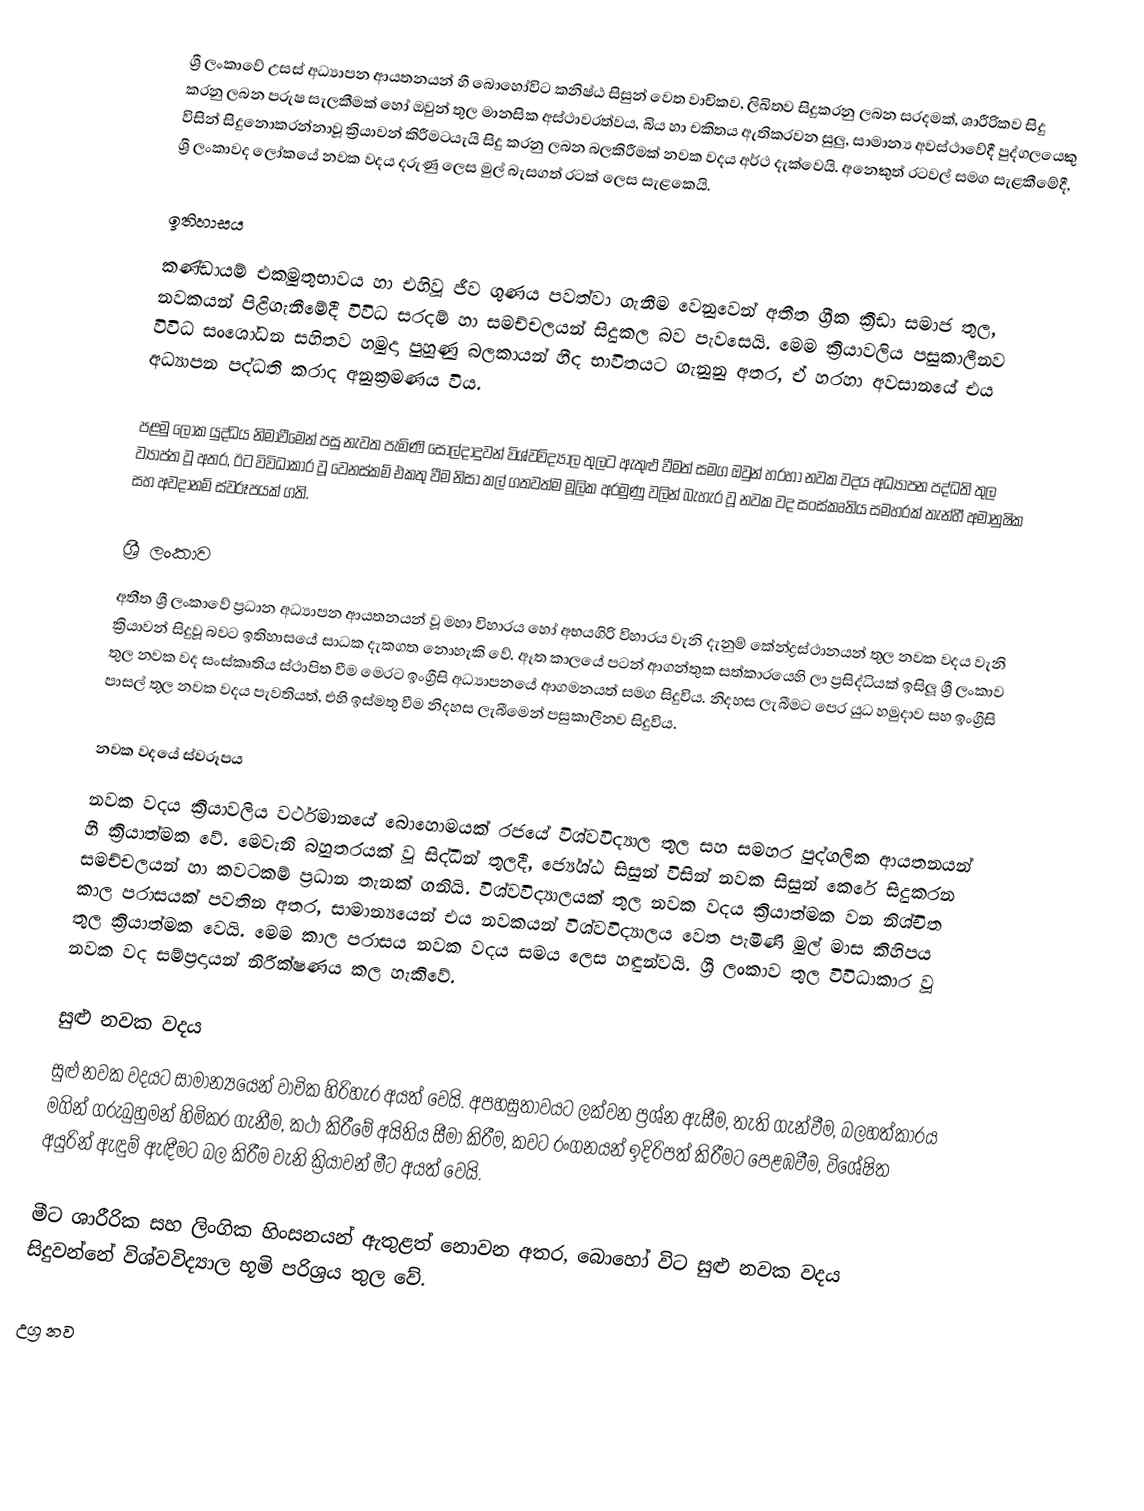
ශ්‍රී ලංකාවේ උසස් අධ්‍යාපන ආයතනයන් හී බොහෝවිට කනිෂ්ඨ සිසුන් වෙත වාචිකව, ලිඛිතව සිදුකරනු ලබන සරදමක්, ශාරීරිකව සිදු කරනු ලබන පරුෂ සැලකීමක් හෝ ඔවුන් තුල මානසික අස්ථාවරත්වය, බිය හා චකිතය ඇතිකරවන සුලු, සාමාන්‍ය අවස්ථාවේදී පුද්ගලයෙකු විසින් සිදුනොකරන්නාවූ ක්‍රියාවන් කිරීමටයැයි සිදු කරනු ලබන බලකිරීමක් නවක වදය අර්ථ දැක්වෙයි. අනෙකුත් රටවල් සමග සැළකීමේදී, ශ්‍රී ලංකාවද ලෝකයේ නවක වදය දරුණු ලෙස මුල් බැසගත් රටක් ලෙස සැළකෙයි.

ඉතිහාසය
කණ්ඩායම් එකමුතුභාවය හා එහිවූ ජීව ගුණය පවත්වා ගැනීම වෙනුවෙන් අතීත ග්‍රීක ක්‍රීඩා සමාජ තුල, නවකයන් පිළිගැනීමේදී විවිධ සරදම් හා සමච්චලයන් සිදුකල බව පැවසෙයි. මෙම ක්‍රියාවලිය පසුකාලීනව විවිධ සංශෝධන සහිතව හමුදා පුහුණු බලකායන් හීද භාවිතයට ගැනුනු අතර, ඒ හරහා අවසානයේ එය අධ්‍යාපන පද්ධති කරාද අනුක්‍රමණය විය.

පළමු ලෝක යුද්ධය නිමාවීමෙන් පසු නැවත පැමිණි සොල්දාදුවන් විශ්වවිද්‍යාල තුලට ඇතුළු වීමත් සමග ඔවුන් හරහා නවක වදය අධ්‍යාපන පද්ධති තුල ව්‍යාප්ත වූ අතර, ඊට විවිධාකාර වූ වෙනස්කම් එකතු වීම නිසා කල් ගතවත්ම මූලික අරමුණු වලින් බැහැර වූ නවක වද සංස්කෘතිය සමහරක් තැන්හී අමානුෂික සහ අවදානම් ස්වරූපයක් ගති.

ශ්‍රී ලංකාව
අතීත ශ්‍රී ලංකාවේ ප්‍රධාන අධ්‍යාපන ආයතනයන් වූ මහා විහාරය හෝ අභයගිරි විහාරය වැනි දැනුම් කේන්ද්‍රස්ථානයන් තුල නවක වදය වැනි ක්‍රියාවන් සිදුවූ බවට ඉතිහාසයේ සාධක දැකගත නොහැකි වේ. ඈත කාලයේ පටන් ආගන්තුක සත්කාරයෙහි ලා ප්‍රසිද්ධියක් ඉසිලූ ශ්‍රී ලංකාව තුල නවක වද සංස්කෘතිය ස්ථාපිත වීම මෙරට ඉංග්‍රීසි අධ්‍යාපනයේ ආගමනයත් සමග සිදුවිය. නිදහස ලැබීමට පෙර යුධ හමුදාව සහ ඉංග්‍රීසි පාසල් තුල නවක වදය පැවතියත්, එහි ඉස්මතු වීම නිදහස ලැබීමෙන් පසුකාලීනව සිදුවිය.

නවක වදයේ ස්වරූපය
නවක වදය ක්‍රියාවලිය වර්ථමානයේ බොහොමයක් රජයේ විශ්වවිද්‍යාල තුල සහ සමහර පුද්ගලික ආයතනයන් හී ක්‍රියාත්මක වේ. මෙවැනි බහුතරයක් වූ සිද්ධීන් තුලදී, ජ්‍යේශ්ඨ සිසුන් විසින් නවක සිසුන් කෙරේ සිදුකරන සමච්චලයන් හා කවටකම් ප්‍රධාන තැනක් ගනියි. විශ්වවිද්‍යාලයක් තුල  නවක වදය ක්‍රියාත්මක වන නිශ්චිත කාල පරාසයක් පවතින අතර, සාමාන්‍යයෙන් එය නවකයන් විශ්වවිද්‍යාලය වෙත පැමිණි මුල් මාස කිහිපය තුල ක්‍රියාත්මක වෙයි. මෙම කාල පරාසය නවක වදය සමය ලෙස හඳුන්වයි. ශ්‍රී ලංකාව තුල විවිධාකාර වූ නවක වද සම්ප්‍රදායන් නිරීක්ෂණය කල හැකිවේ.

සුළු නවක වදය
සුළු නවක වදයට සාමාන්‍යයෙන් වාචික හිරිහැර අයත් වෙයි. අපහසුතාවයට ලක්වන ප්‍රශ්න ඇසීම, තැති ගැන්වීම, බලහත්කාරය මගින් ගරුබුහුමන් හිමිකර ගැනීම, කථා කිරීමේ අයිතිය සීමා කිරීම, කවට රංගනයන් ඉදිරිපත් කිරීමට පෙළඹවීම, විශේෂිත අයුරින් ඇඳුම් ඇඳීමට බල කිරීම වැනි ක්‍රියාවන් මීට අයත් වෙයි.

මීට ශාරීරික සහ ලිංගික හිංසනයන් ඇතුළත් නොවන අතර, බොහෝ විට සුළු නවක වදය සිදුවන්නේ විශ්වවිද්‍යාල භූමි පරිශ්‍රය තුල වේ.

උග්‍ර නව